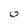
Character: 0